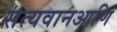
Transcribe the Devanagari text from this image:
सत्यवानआणि